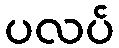
ပလပ်